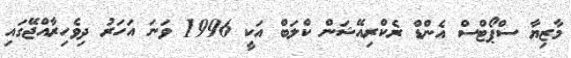
މާޒިޔާ ސްޕޯޓްސް އެންޑް ރެކްރިއޭޝަން ކްލަބް އަކީ 1996 ވަނަ އަހަރު ދިވެހިރާއްޖޭގައި